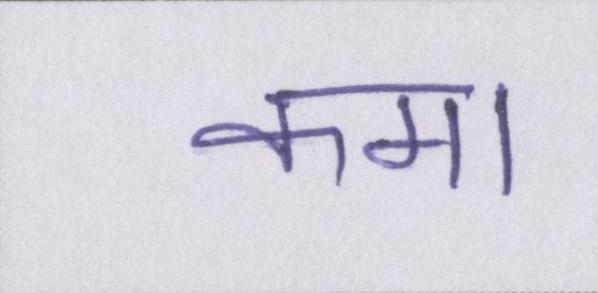
कमा